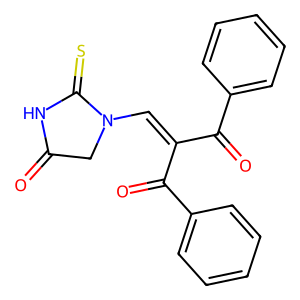
SMILES: O=C1CN(C=C(C(=O)c2ccccc2)C(=O)c2ccccc2)C(=S)N1
Inhibits HIV replication: No